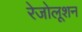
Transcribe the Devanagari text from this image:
रेजोलूशन